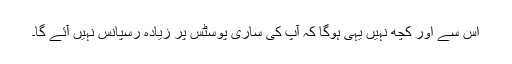
اس سے اور کچھ نہیں یہی ہوگا کہ آپ کی ساری پوسٹس پر زیادہ رسپانس نہیں آئے گا۔